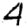
Digit: 4